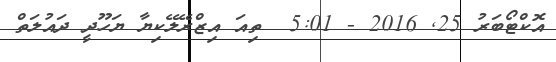
އޮކްޓޯބަރު 25